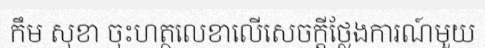
កឹម សុខា ចុះហត្ថលេខាលើសេចក្តីថ្លែងការណ៍មួយ